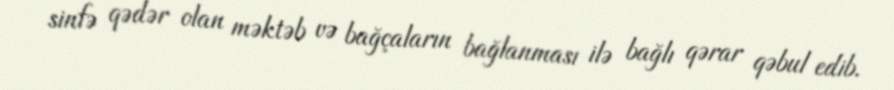
sinfə qədər olan məktəb və bağçaların bağlanması ilə bağlı qərar qəbul edib.